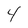
Character: 4